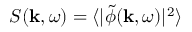
S ( \mathbf { k } , \omega ) = \langle | \tilde { \phi } ( \mathbf { k } , \omega ) | ^ { 2 } \rangle